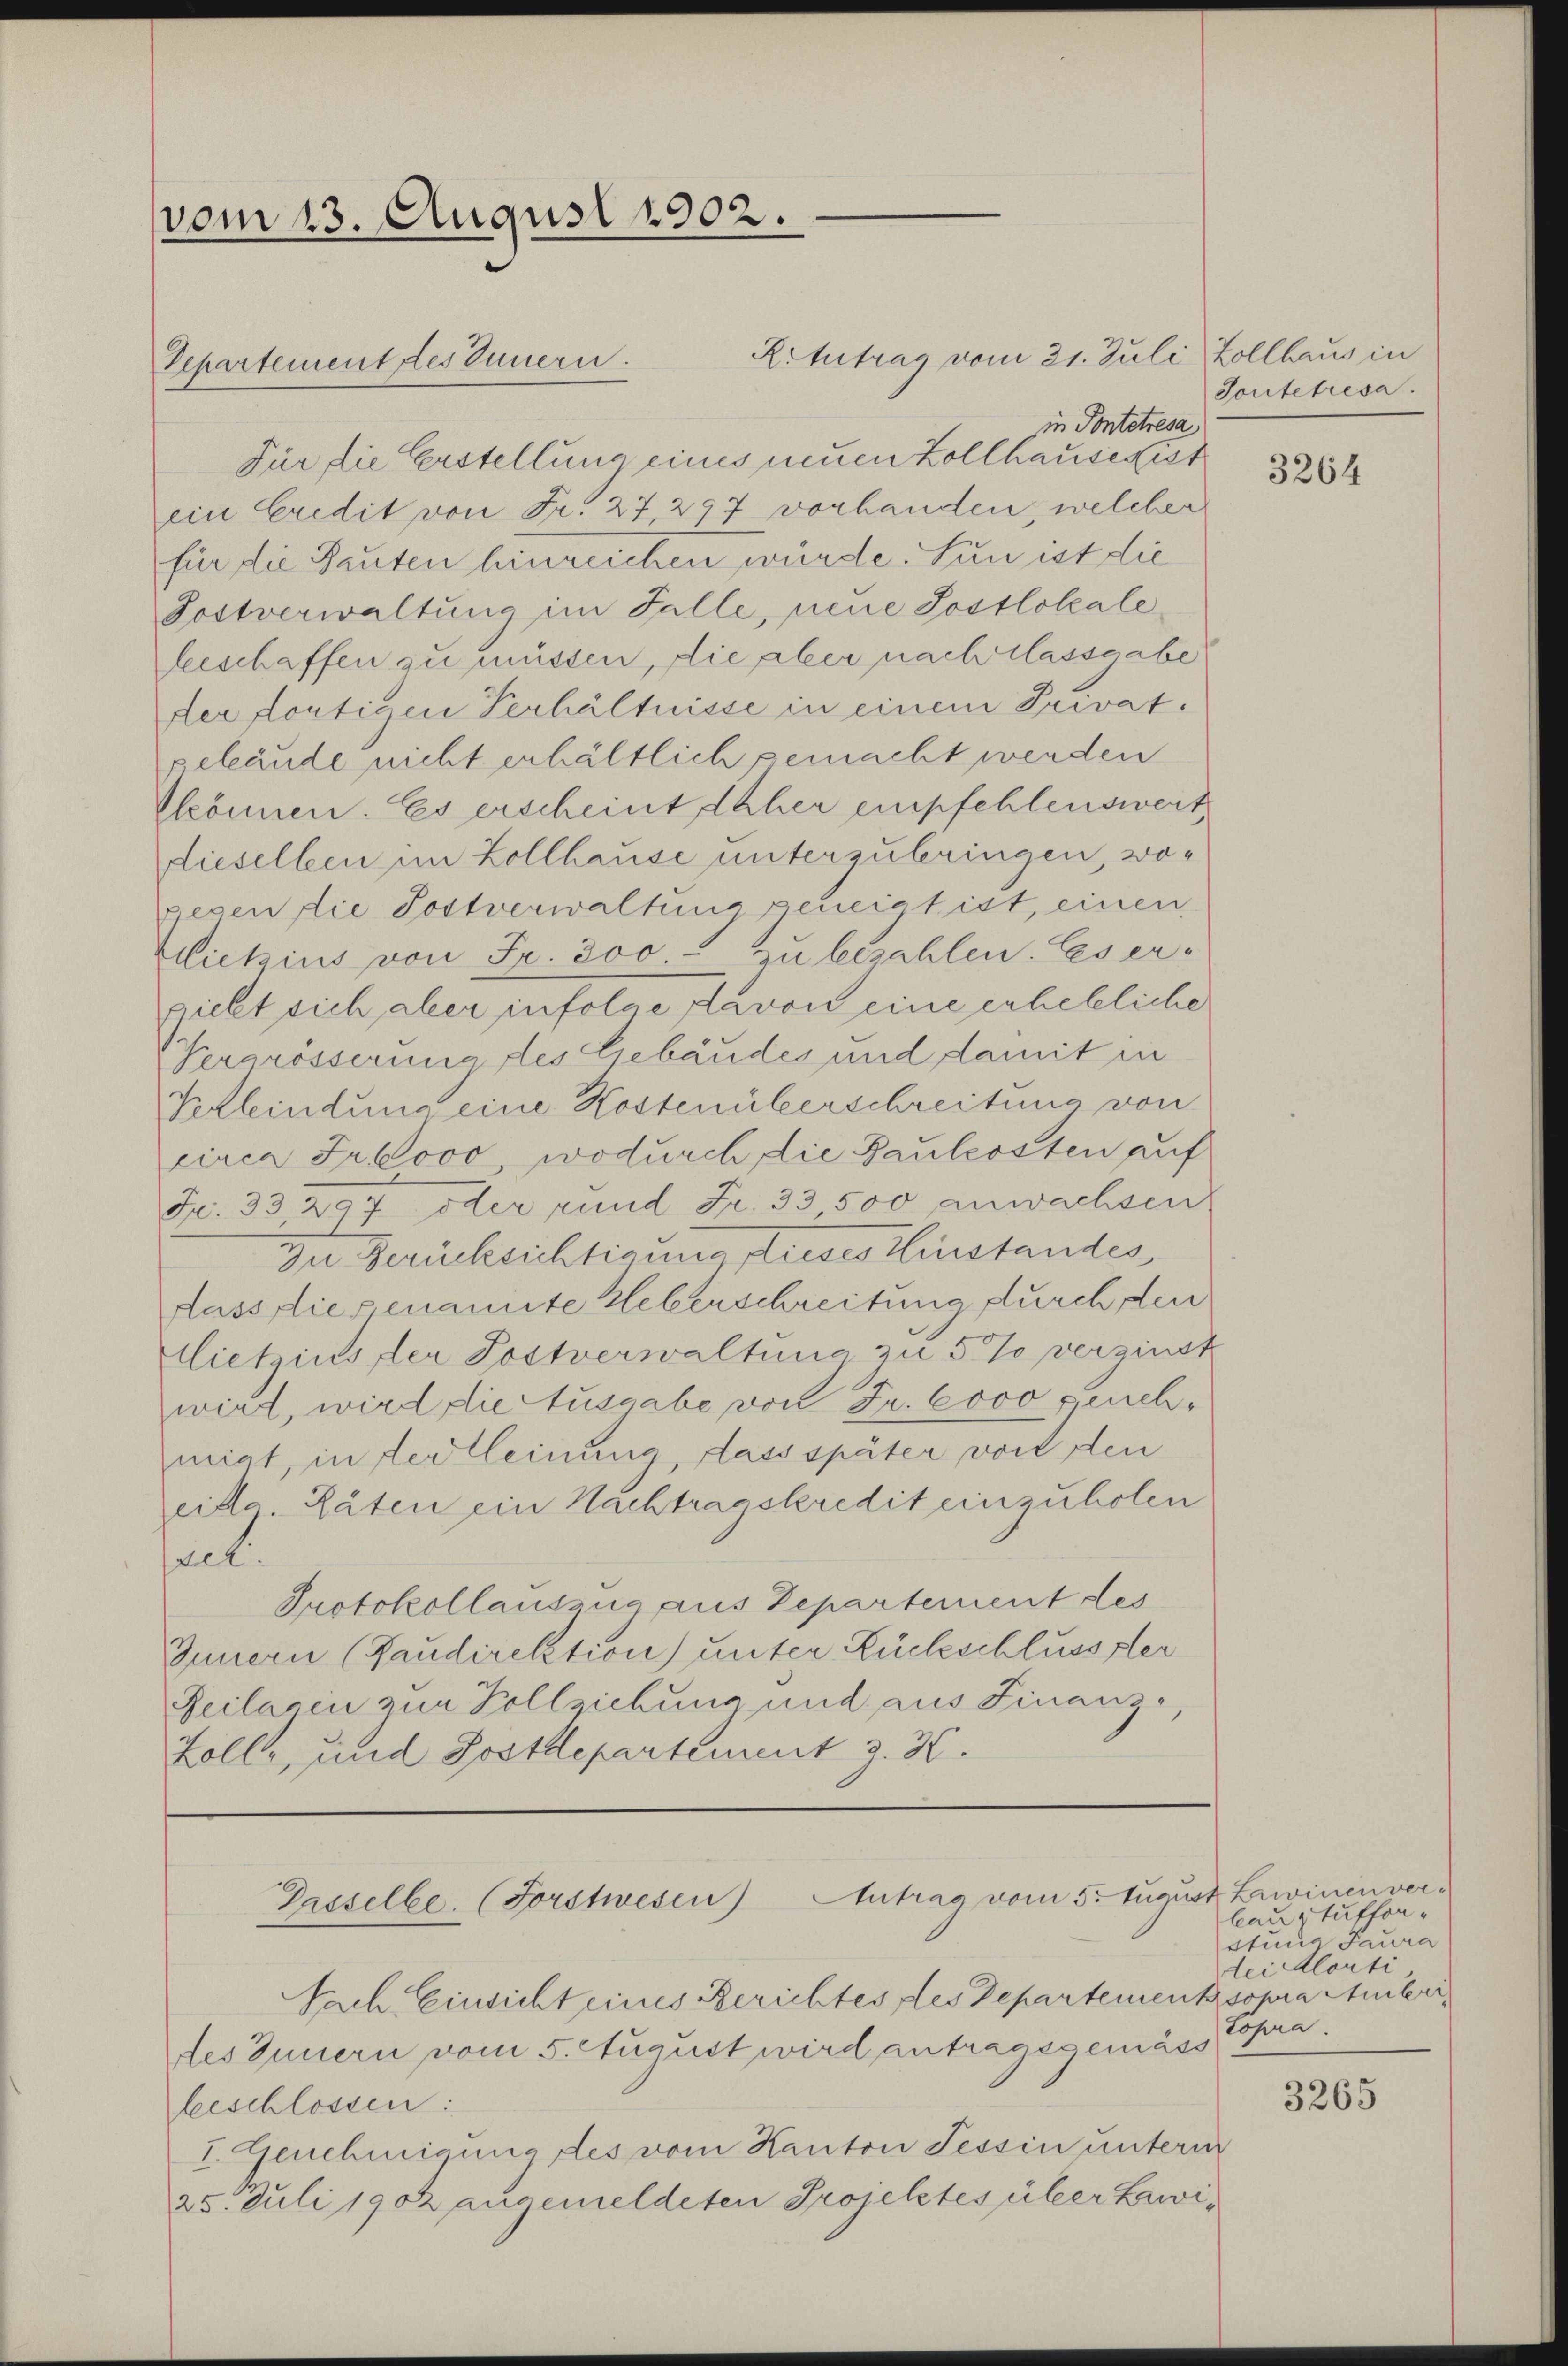
vom 13. August 1902.

Departement des Innern.

Für die Erstellung eines neuen Zollhause fest
ein Credit von Fr. 27 297 vorhanden, welcher
für die Bauten hinreichen würde. Nun ist die
Postverwaltung im Falle, neue Postlokalebeschaffen zu müssen, die aber nach Classgabe
der dortigen Verhältnisse in einem Privatgebäude nicht erhältlich gemacht werden
Pkönnen. Es erscheint daher empfehlensweit,
dieselben im Zollhause unterzubringen, wogesen die Postverwaltung geneigt ist, einen
Lietzins von Fr. 300 - zu bezahlen. Es ergiebt sich aber infolge davon eine erhebliche
Vergrösserung des Gebäudes und damit in
Kelindung eine Kostenüberschreitung von
circa Fr. ovo, wodurch die Baukosten auf
Je. 33 297 oder rund Fr. 33500 anwachsen
Zu Gerücksichtigung dieses Einstandes
dass diesenamte Ueberschreitung durch den
llietzius der Postverwaltung zu 5 % verzinst
wird, wird die Ausgabe von Fr. Cooo feuchmigt, in der leinung, dass später vor den
eide Räten ein Nachtragskredit einzuholen
sect.
Protokollauszug aus Departement des
Innern (Faudirektion) unter Rückschlusser
Reilasen zur Vollziehung und aus Finanze,
Zolle, und Postdepartement z. 3.

Retutrag vom 31. Juli, Zollhaus in

des Innern vom 5. August wird antragsgemäss
beschlossen:
I. Genehmigung des vom Kanton Tessin unterm
25. Juli 1902 angemeldeten Projektes über Lawi¬

Gasselbe. (Forstwesen Antrag vom 5. August Zwinen ver-
Nach Einsicht eines Berichtes des Departementsopra Amsteri¬

in Pontetresa

Sontetresa.

3264

bauz tufforetung Paura
lei Alorti
Topra.

3265